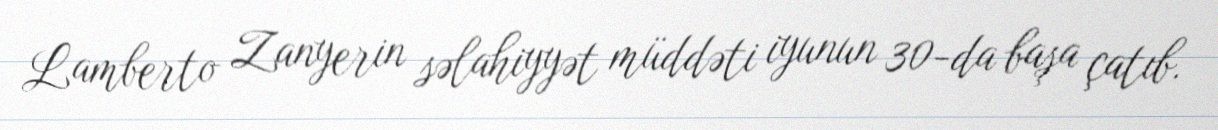
Lamberto Zanyerin səlahiyyət müddəti iyunun 30-da başa çatıb.